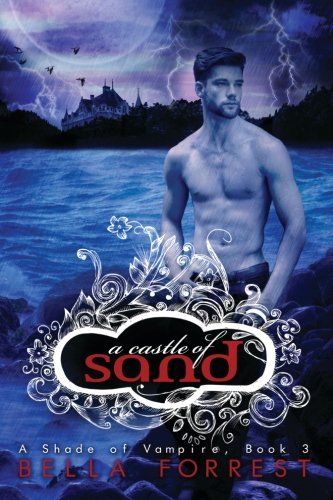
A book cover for A Castle Of Sand (A Shade Of Vampire) (Volume 3); Bella Forrest; Romance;